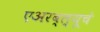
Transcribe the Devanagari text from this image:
एअरब्ल्यूचे